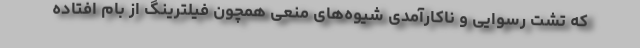
که تشت رسوایی و ناکارآمدی شیوه‌های منعی همچون فیلترینگ از بام افتاده